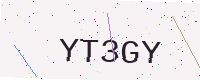
Text: YT3GY